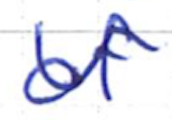
Text: of
Cross-out: wave
Writing tool: ballpoint